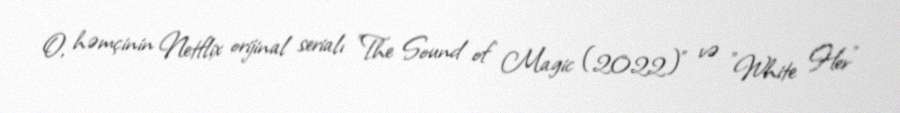
O, həmçinin Netflix orijinal serialı "The Sound of Magic (2022)" və "White Her"